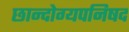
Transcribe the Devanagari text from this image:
छान्दोग्यपनिषद